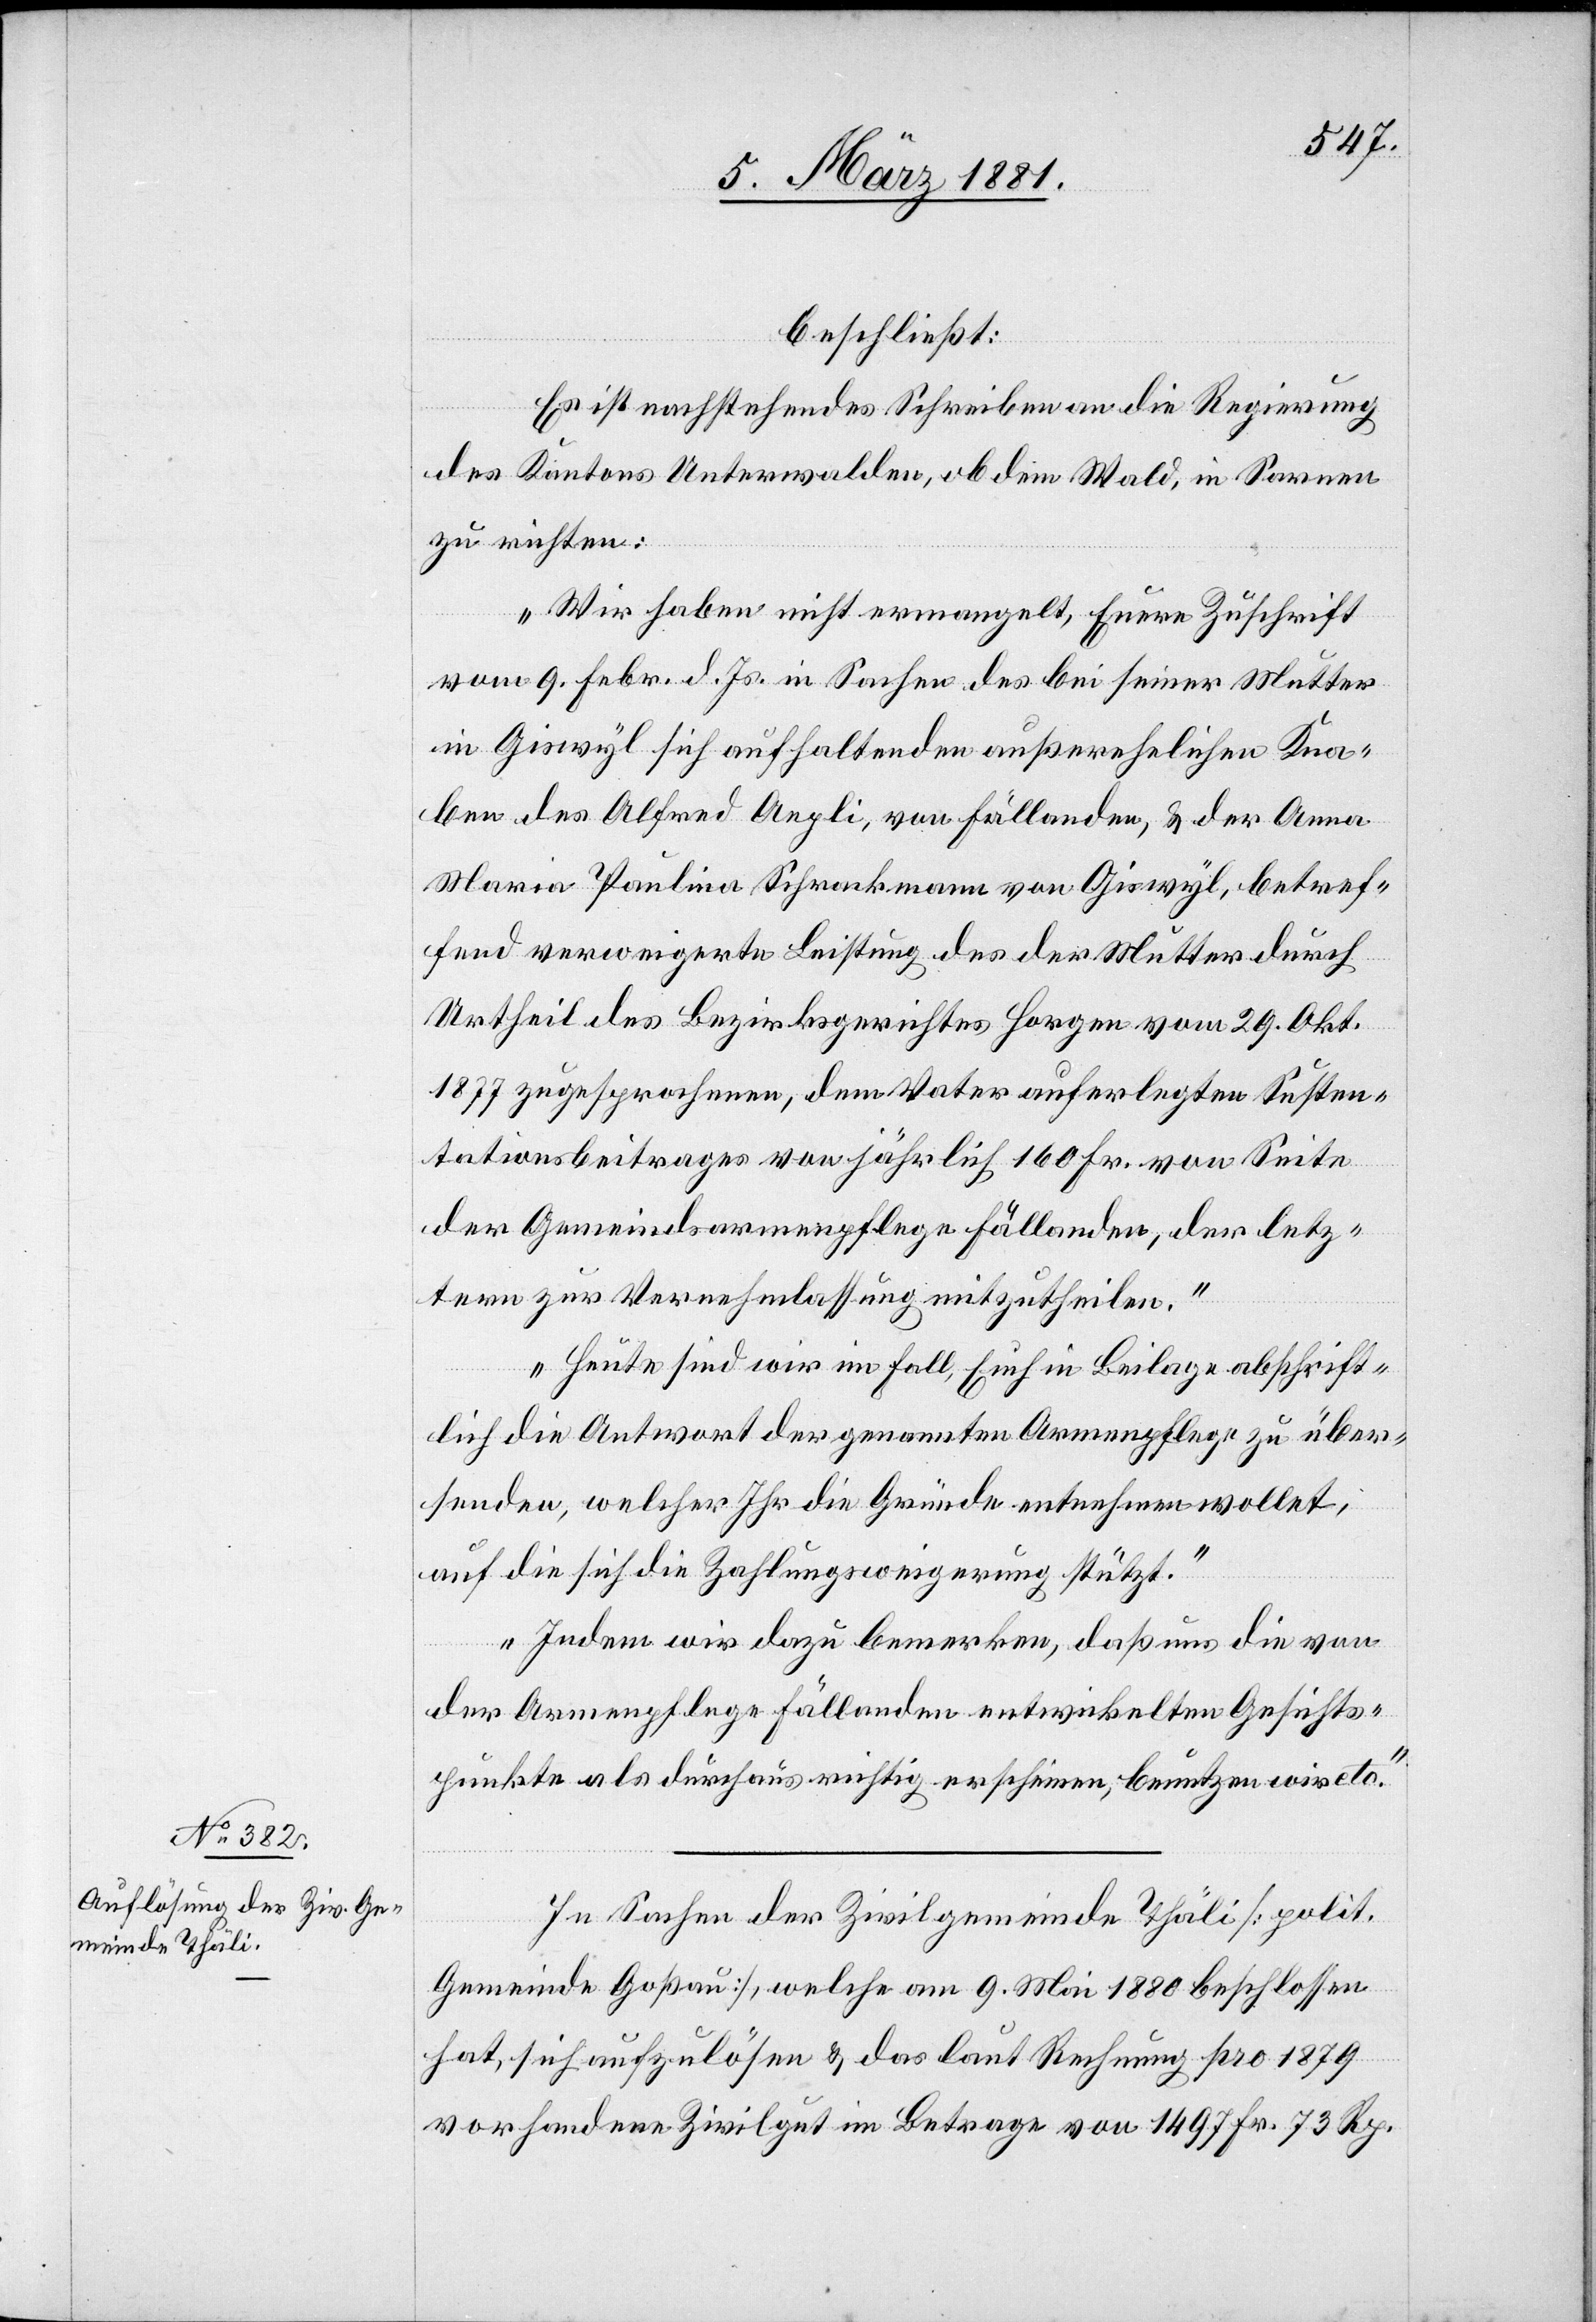
beschließt:
Es ist nachstehendes Schreiben an die Regierung
des Kantons Unterwalden, ob dem Wald, in Sarnen
zu richten:
„Wir haben nicht ermangelt, Euere Zuschrift
vom 9. Febr. d. Js. in Sachen des bei seiner Mutter
in Giswyl sich aufhaltenden außerehelichen Kna¬
ben des Alfred Aepli, von Fällanden, & der Anna
Maria Paulina Schrackmann von Giswyl, betref¬
fend verweigerte Leistung des der Mutter durch
Urtheil des Bezirksgerichtes Horgen vom 29. Okt.
1877 zugesprochenen, dem Vater auferlegten Susten¬
tationsbeitrages von jährlich 160 Fr. von Seite
der Gemeindsarmenpflege Fällanden, der letz¬
tern zur Vernehmlassung mitzutheilen.
Heute sind wir im Fall, Euch in Beilage abschrift¬
lich die Antwort der genannten Armenpflege zu über¬
senden, welcher Ihr die Gründe entnehmen wollet,
auf die sich die Zahlungsweigerung stützt.
Indem wir dazu bemerken, daß uns die von
der Armenpflege Fällanden entwickelten Gesichts¬
punkte als durchaus richtig erscheinen, benutzen wir etc.“
In Sachen der Zivilgemeinde Thäli [polit.
Gemeinde Goßau], welche am 9. Mai 1880 beschlossen
hat, sich aufzulösen & das laut Rechnung pro 1879
vorhandene Zivilgut im Betrage von 1497 Fr. 73 Rp.